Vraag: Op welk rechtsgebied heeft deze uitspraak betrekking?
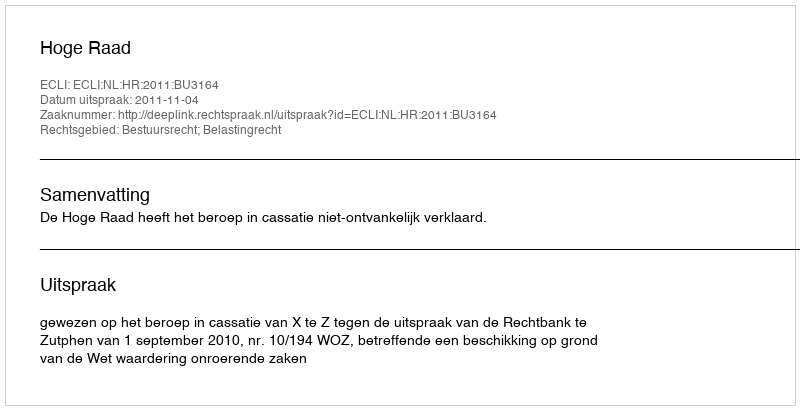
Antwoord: Bestuursrecht; Belastingrecht